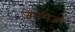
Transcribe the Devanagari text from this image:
जेनेमेजा